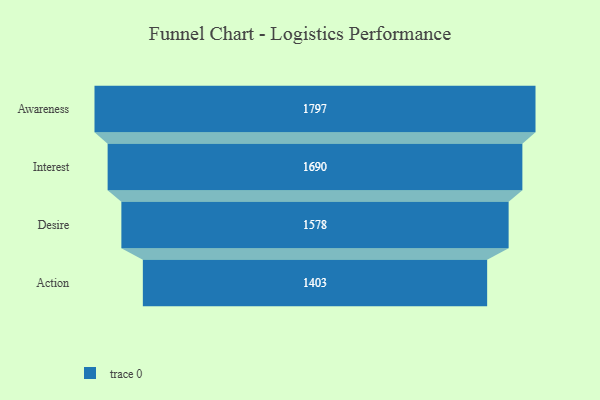
{"axis": {"x": "Stage", "y": "Value"}, "legend": [""], "data": [{"x": "Awareness", "y": 1797.0, "type": ""}, {"x": "Interest", "y": 1690.0, "type": ""}, {"x": "Desire", "y": 1578.0, "type": ""}, {"x": "Action", "y": 1403.0, "type": ""}]}